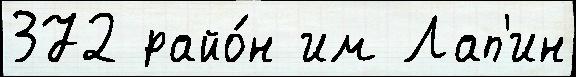
372 райо́н им Лап'ин